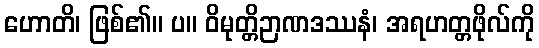
ဟောတိ၊ ဖြစ်၏။ ပ။ ဝိမုတ္တိဉာဏဒဿနံ၊ အရဟတ္တဖိုလ်ကို